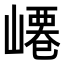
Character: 𡼟